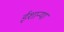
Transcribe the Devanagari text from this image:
ईशान्या